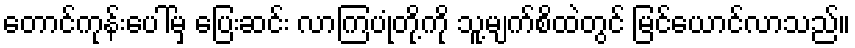
တောင်ကုန်းပေါ်မှ ပြေးဆင်း လာကြပုံတို့ကို သူ့မျက်စိထဲတွင် မြင်ယောင်လာသည်။